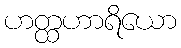
ဟတ္ထဟာရိယော